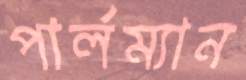
পার্লম্যান